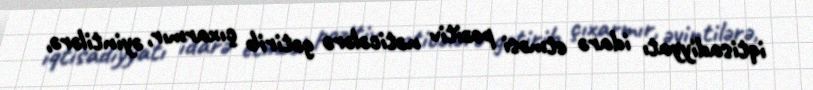
iqtisadiyyatı idarə etməsi pozitiv nəticələrə gətirib çıxarmır, əyintilərə,